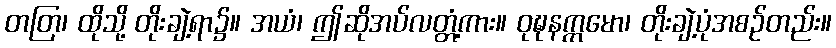
တတြ၊ ထိုသို့ တိုးချဲ့ရာ၌။ အယံ၊ ဤဆိုအပ်လတ္တံ့ကား။ ဝုဍ္ဎနက္ကမော၊ တိုးချဲ့ပုံအစဉ်တည်း။